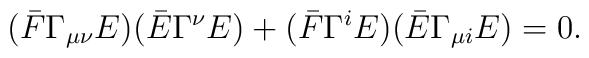
(\bar F\Gamma_{\mu\nu}E)(\bar E\Gamma^\nu E)+(\bar F\Gamma^{i}E)(\bar E\Gamma_{\mu i} E)=0.